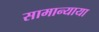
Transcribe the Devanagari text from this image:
सामान्याया